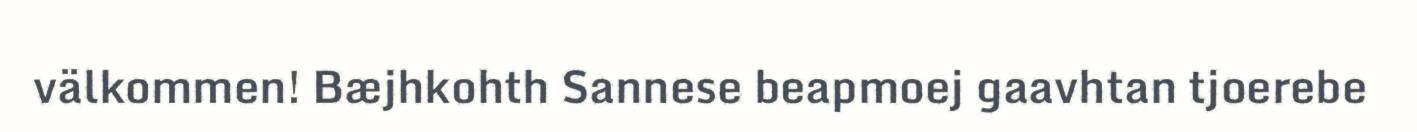
välkommen! Bæjhkohth Sannese beapmoej gaavhtan tjoerebe